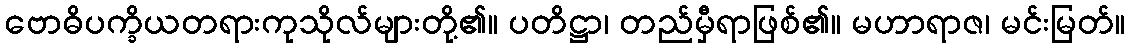
ဗောဓိပက္ခိယတရားကုသိုလ်များတို့၏။ ပတိဋ္ဌာ၊ တည်မှီရာဖြစ်၏။ မဟာရာဇ၊ မင်းမြတ်။